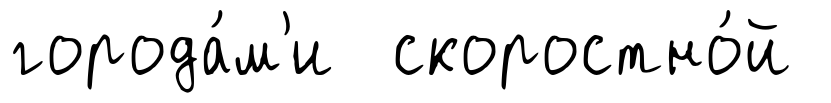
города́м'и скоростно́й